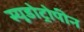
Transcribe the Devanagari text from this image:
स्यूडोट्रोपीन